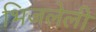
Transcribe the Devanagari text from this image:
भिजलेली